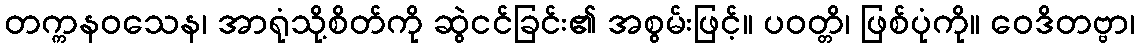
တက္ကနဝသေန၊ အာရုံသို့စိတ်ကို ဆွဲငင်ခြင်း၏ အစွမ်းဖြင့်။ ပဝတ္တိ၊ ဖြစ်ပုံကို။ ဝေဒိတဗ္ဗာ၊